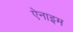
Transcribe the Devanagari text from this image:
ऐनाइम